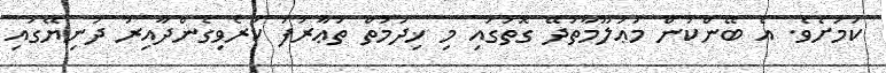
ކަމަށެވެ. އެ ބޭންކުން މަޢުލޫމާތުދޭ ގޮތުގައި މި ޚިދުމަތް ތަޢާރުފު ކުރެވިގެންދާއިރު ދުނިޔޭގައި